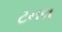
ટનલ